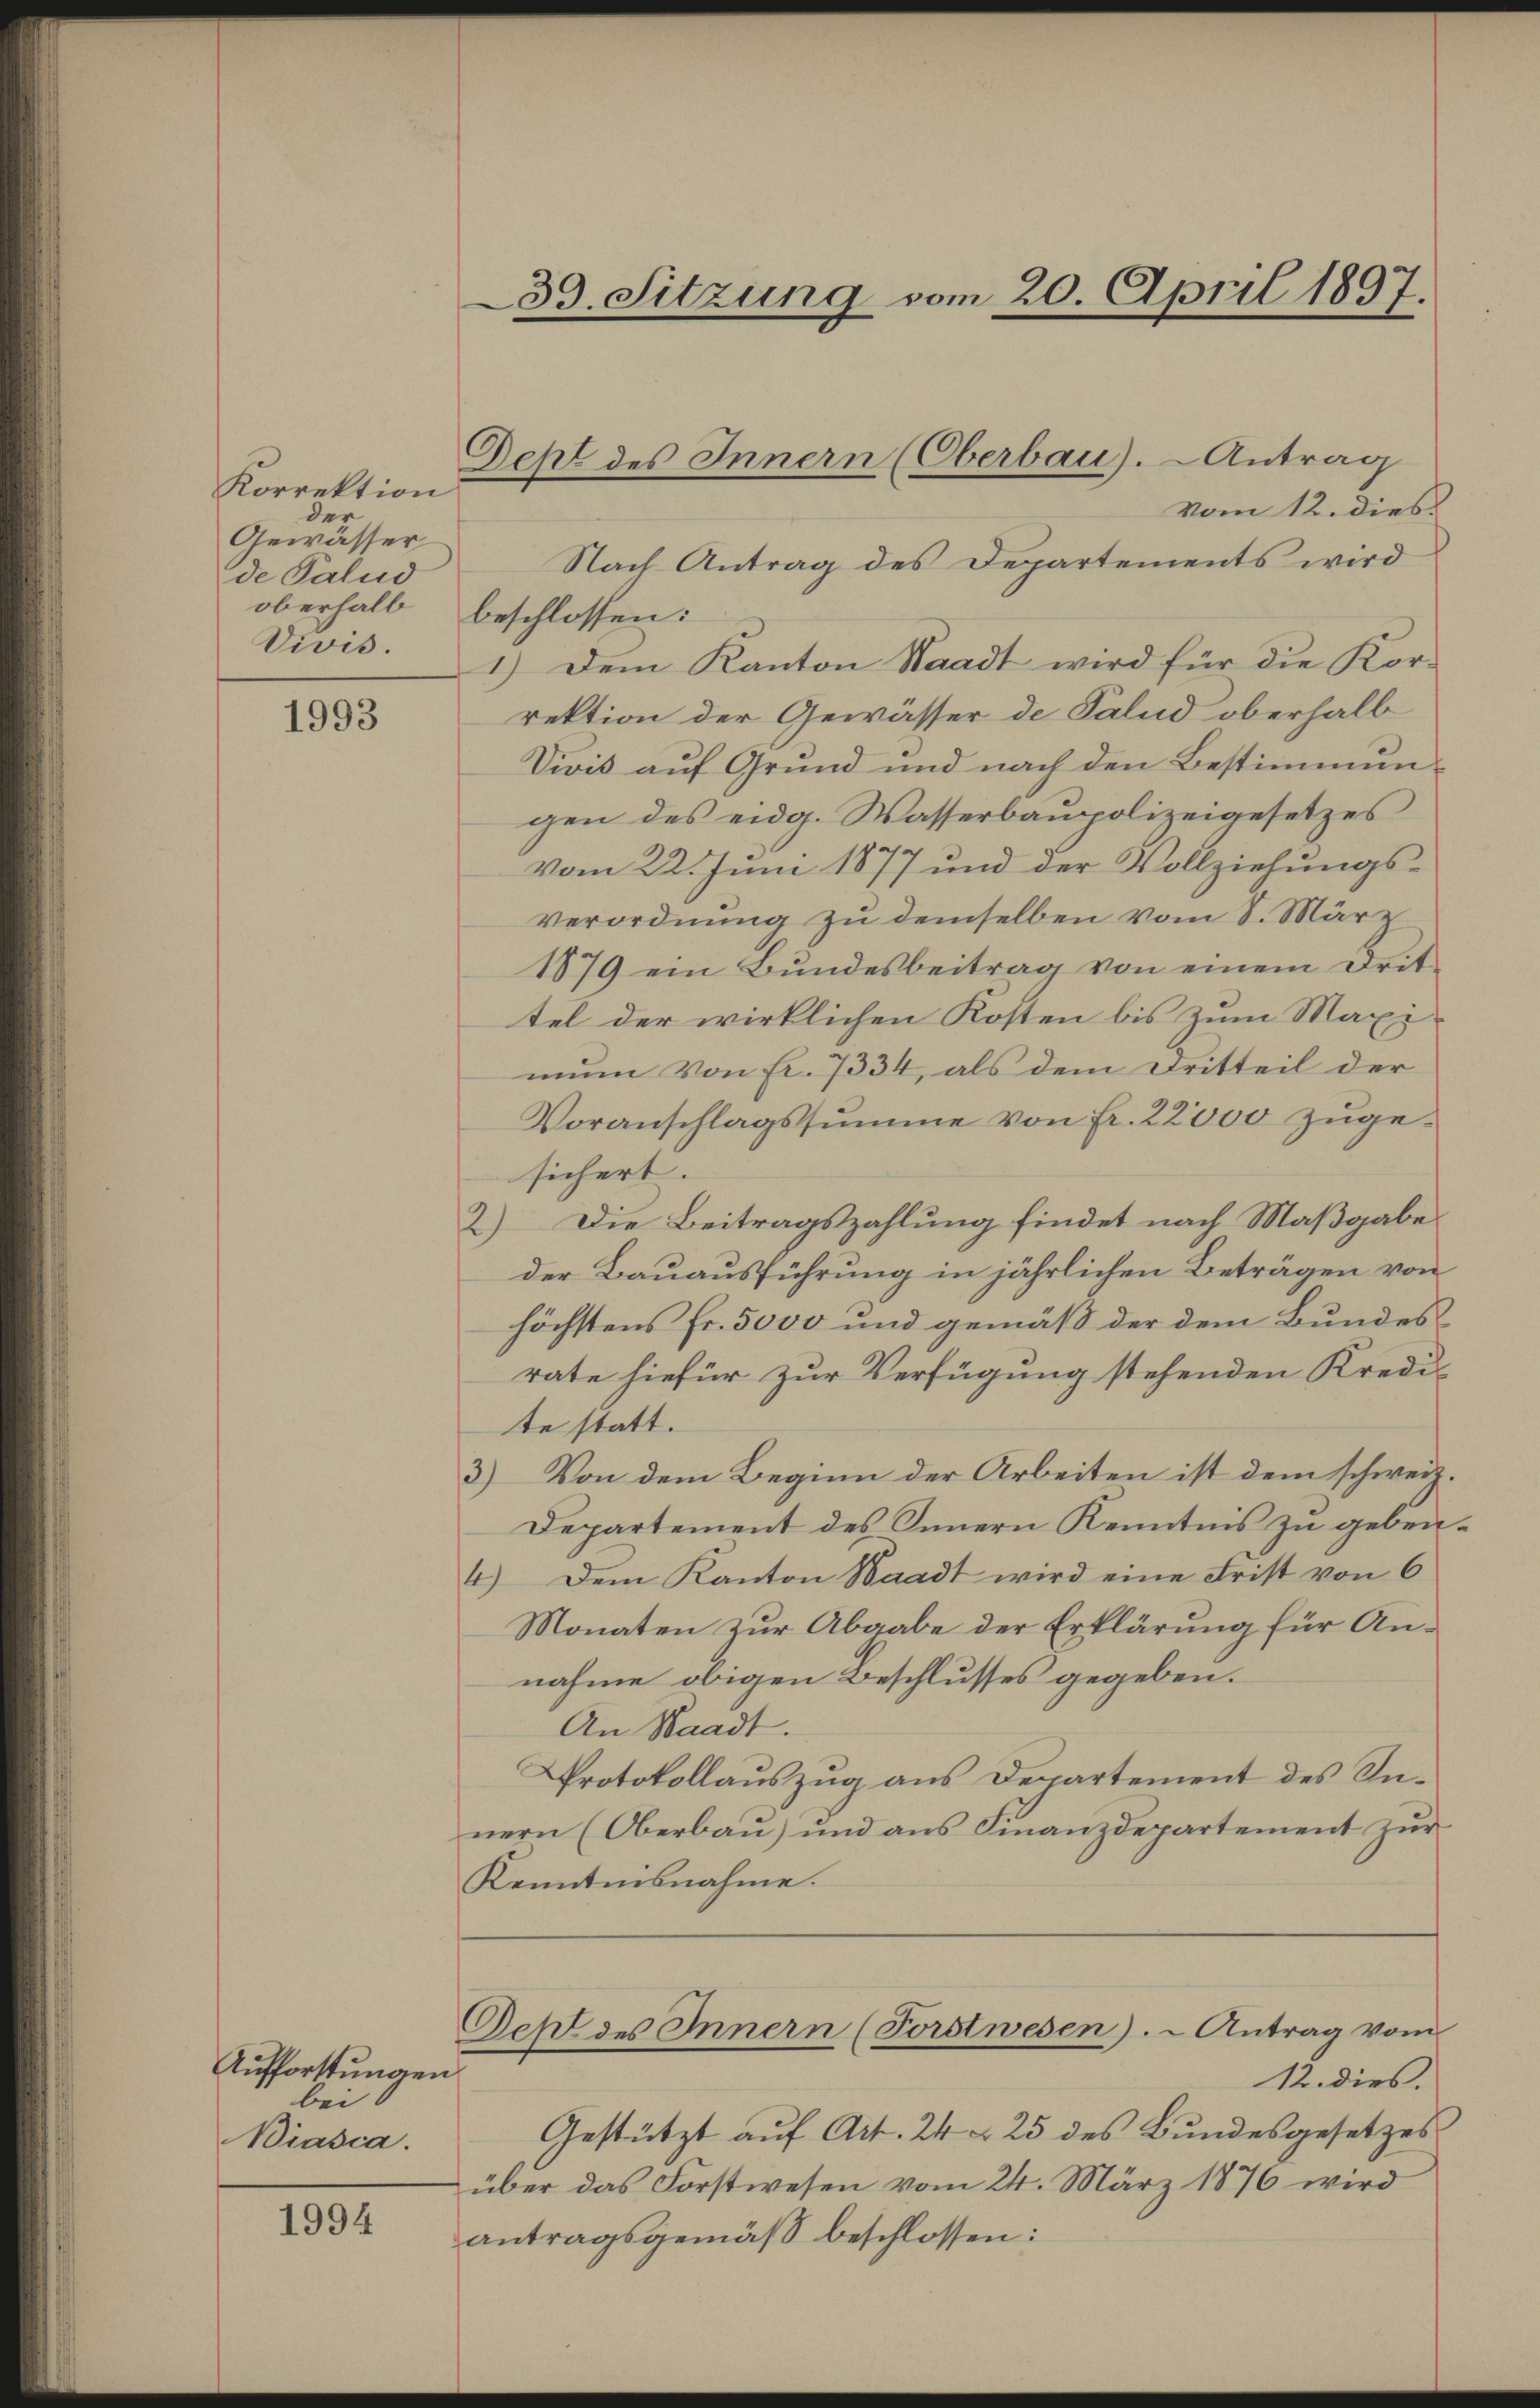
Korrektion
der
Gewässer
de Palud
oberhalb
Vivis.

1993

Aufforstungen
bei
Biasca.

1994

39. Sitzung vom 20. April 1897.

vom 12. dies
Nach Antrag des Departements wird
beschlossen:
1.) Dem Kanton Waadt wird für die Kor-
rektion der Gewässer de Palud oberhalb
Vivis auf Grund und nach den Bestimmungen des eidg. Wasserbaupolizeigesetzes
vom 22. Juni 1877 und der Vollziehungsverordnŭng zŭ demselben vom 8. März
1879 ein Bundesbeitrag von einem Drittel der wirklichen Kosten bis zum Maximun von Fr. 7334, als dem Dritteil der
Voranschlagssumme von Fr. 22000 zugesichert.
2) Die Beitragszahlung findet nach Maßgabe
der Bauausführung in jährlichen Beträgen von
höchstens Fr. 5000 und gemäß der dem Bundesrate hiefür zur Verfügung stehenden Kredi-
te statt.
3) Von dem Beginn der Arbeiten ist dem schweiz.
Departement des Innern Kenntnis zu geben.
4.) Dem Kanton Waadt wird eine Frist von 6
Monaten zŭr Abgabe der Erklärung für Annahme obigen Beschlusses gegeben.
An Waadt.
Protokollauszug aus Departement des Innern (Oberbau) und ans Finanzdepartement zŭr
Kenntnisnahme.
Seht des Innern (Forstwesen. - Antrag vom
12. dies
Gestützt aŭf Art. 24 § 25 des Bundesgesetzes
über das Forstwesen vom 24. März 1876 wird
antragsgemäß beschlossen:

Dept des Innern (Oberbau). Antrag

e